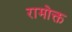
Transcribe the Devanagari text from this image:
रामोक्त